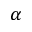
\alpha